Structure of Hæmatopota pluvialis (Meigen) - Number 55
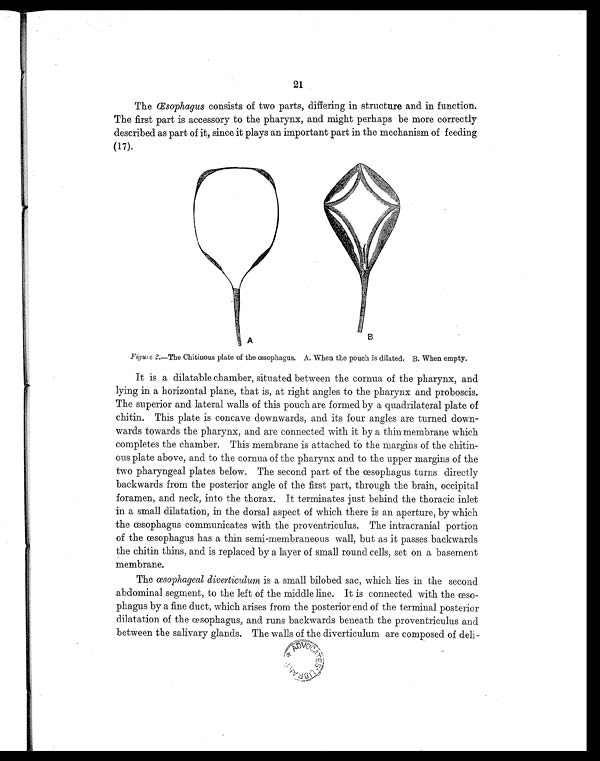
F i g u r e 2 . — T h e C h i t i n o u s p l a t e o f t h e œ s o p h a g u s . A . W h e n t h e p o u c h i s d i l a t e d . B . W h e n e m p t y .
21
The Œsophagus consists of two parts, differing in structure and in function.
The first part is accessory to the pharynx, and might perhaps be more correctly
described as part of it, since it plays an important part in the mechanism of feeding
(17).
It is a dilatable chamber, situated between the cornua of the pharynx, and
lying in a horizontal plane, that is, at right angles to the pharynx and proboscis.
The superior and lateral walls of this pouch are formed by a quadrilateral plate of
chitin. This plate is concave downwards, and its four angles are turned down-
wards towards the pharynx, and are connected with it by a thin membrane which
completes the chamber. This membrane is attached to the margins of the chitin-
ous plate above, and to the cornua of the pharynx and to the upper margins of the
two pharyngeal plates below. The second part of the œsophagus turns directly
backwards from the posterior angle of the first part, through the brain, occipital
foramen, and neck, into the thorax. It terminates just behind the thoracic inlet
in a small dilatation, in the dorsal aspect of which there is an aperture, by which
the œsophagus communicates with the proventriculus. The intracranial portion
of the œsophagus has a thin semi-membraneous wall, but as it passes backwards
the chitin thins, and is replaced by a layer of small round cells, set on a basement
membrane.
The œsophageal diverticulum is a small bilobed sac, which lies in the second
abdominal segment, to the left of the middle line. It is connected with the œso-
phagus by a fine duct, which arises from the posterior end of the terminal posterior
dilatation of the œsophagus, and runs backwards beneath the proventriculus and
between the salivary glands. The walls of the diverticulum are composed of deli-